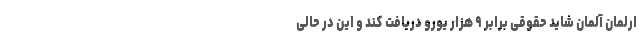
ارلمان آلمان شاید حقوقی برابر ۹ هزار یورو دریافت کند و این در حالی